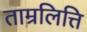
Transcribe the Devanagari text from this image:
ताम्रलित्ति